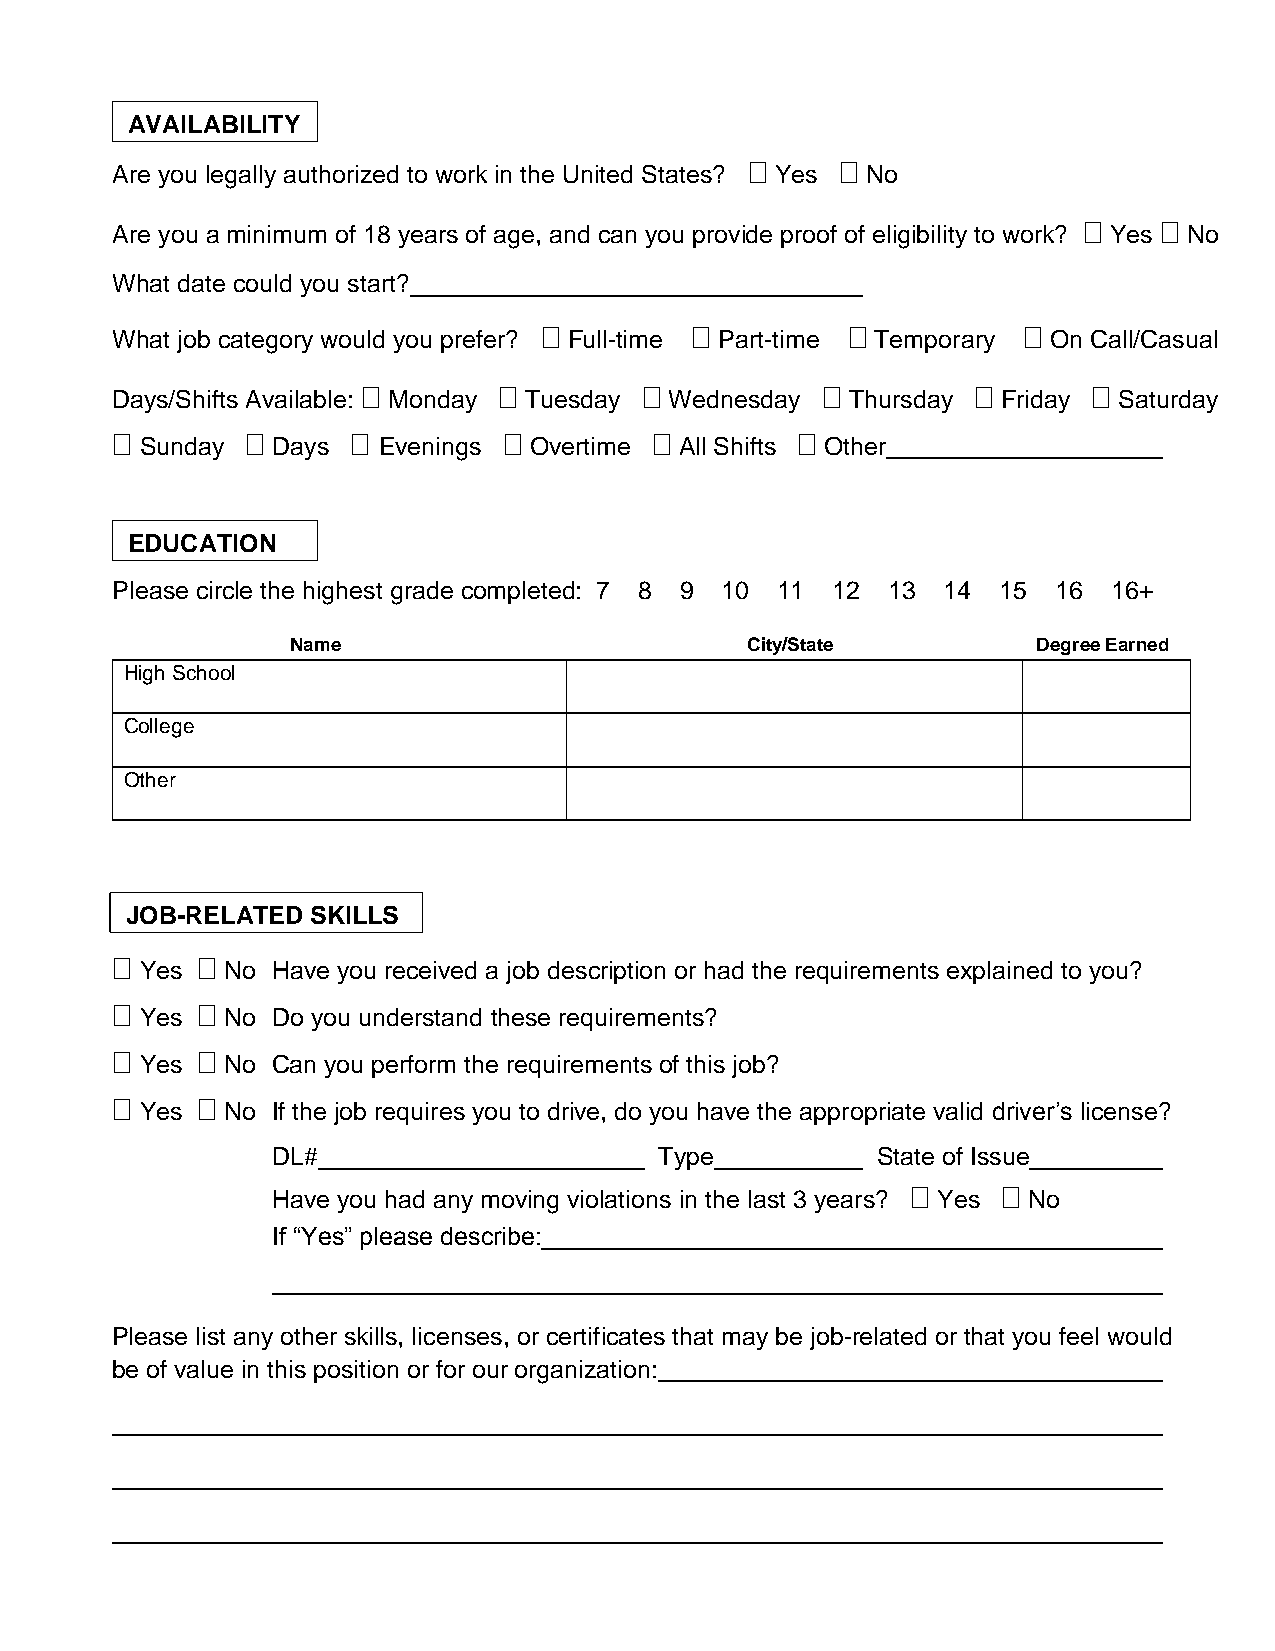
AVAILABILITY
 Are you legally authorized to work in the United States?  Yes  No
 Are you a minimum of 18 years of age, and can you provide proof of eligibility to work?  Yes  No
 What date could you start?
 What job category would you prefer?  Full-time  Part-time  Temporary  On Call/Casual
 Days/Shifts Available:  Monday  Tuesday  Wednesday  Thursday  Friday  Saturday
  Sunday  Days  Evenings  Overtime  All Shifts  Other
 EDUCATION
 Please circle the highest grade completed: 7 8 9 10 11 12 13 14 15 16 16+
 Name                          City/State          Degree Earned
 High School
 College
 Other
 JOB-RELATED  SKILLS
  Yes  No Have you received a job description or had the requirements explained to you?
  Yes  No Do you understand these requirements?
  Yes  No Can you perform the requirements of this job?
  Yes  No If the job requires you to drive, do you have the appropriate valid driver’s license?
 DL#                       Type          State of Issue
 Have you had any moving violations in the last 3 years?  Yes  No
 If “Yes” please describe:
 Please list any other skills, licenses, or certificates that may be job-related or that you feel would
 be of value in this position or for our organization: